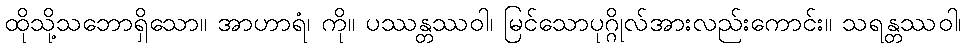
ထိုသို့သဘောရှိသော။ အာဟာရံ၊ ကို။ ပဿန္တဿဝါ၊ မြင်သောပုဂ္ဂိုလ်အားလည်းကောင်း။ သရန္တဿဝါ၊